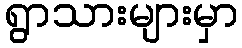
ရွာသားများမှာ